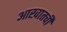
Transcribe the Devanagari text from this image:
आखातची